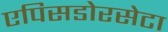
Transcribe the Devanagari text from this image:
एपिसडोरसेटा